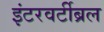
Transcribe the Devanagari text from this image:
इंटरवर्टीब्रल